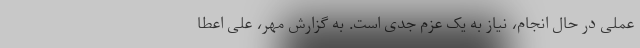
عملی در حال انجام، نیاز به یک عزم جدی است. به گزارش مهر، علی اعطا